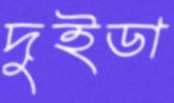
দুইডা